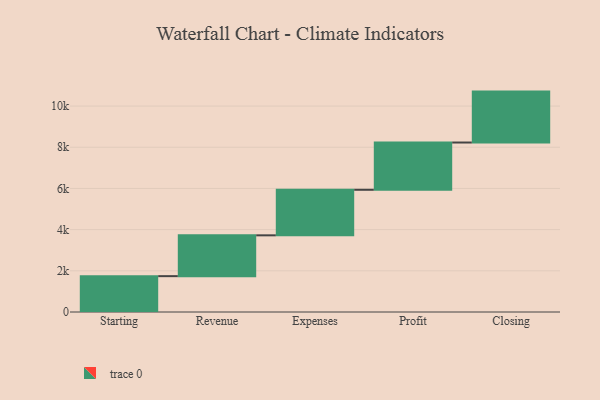
{"axis": {"x": "Step", "y": "Value"}, "legend": [""], "data": [{"x": "Starting", "y": 1741.0, "type": ""}, {"x": "Revenue", "y": 1982.0, "type": ""}, {"x": "Expenses", "y": 2212.0, "type": ""}, {"x": "Profit", "y": 2295.0, "type": ""}, {"x": "Closing", "y": 2473.0, "type": ""}]}